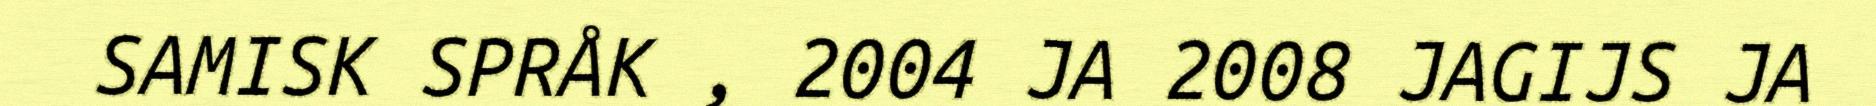
SAMISK SPRÅK , 2004 JA 2008 JAGIJS JA